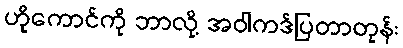
ဟိုကောင်ကို ဘာလို့ အဝါကဒ်ပြတာတုန်း